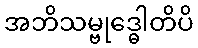
အဘိသမ္ဗုဒ္ဓေါတိပိ